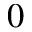
0